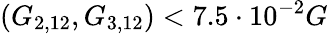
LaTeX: (G_{2,12},G_{3,12})<7.5\cdot 10^{-2}G